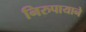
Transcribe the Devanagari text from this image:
निरुपायाने